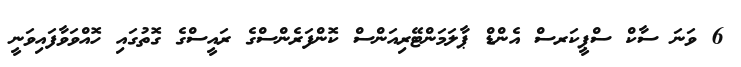
6 ވަނަ ސާކް ސްޕީކަރސް އެންޑް ޕާލަމަންޓޭރިއަންސް ކޮންފަރެންސްގެ ރައީސްގެ ގޮތުގައި ހޮއްވަވާފައިވަނީ